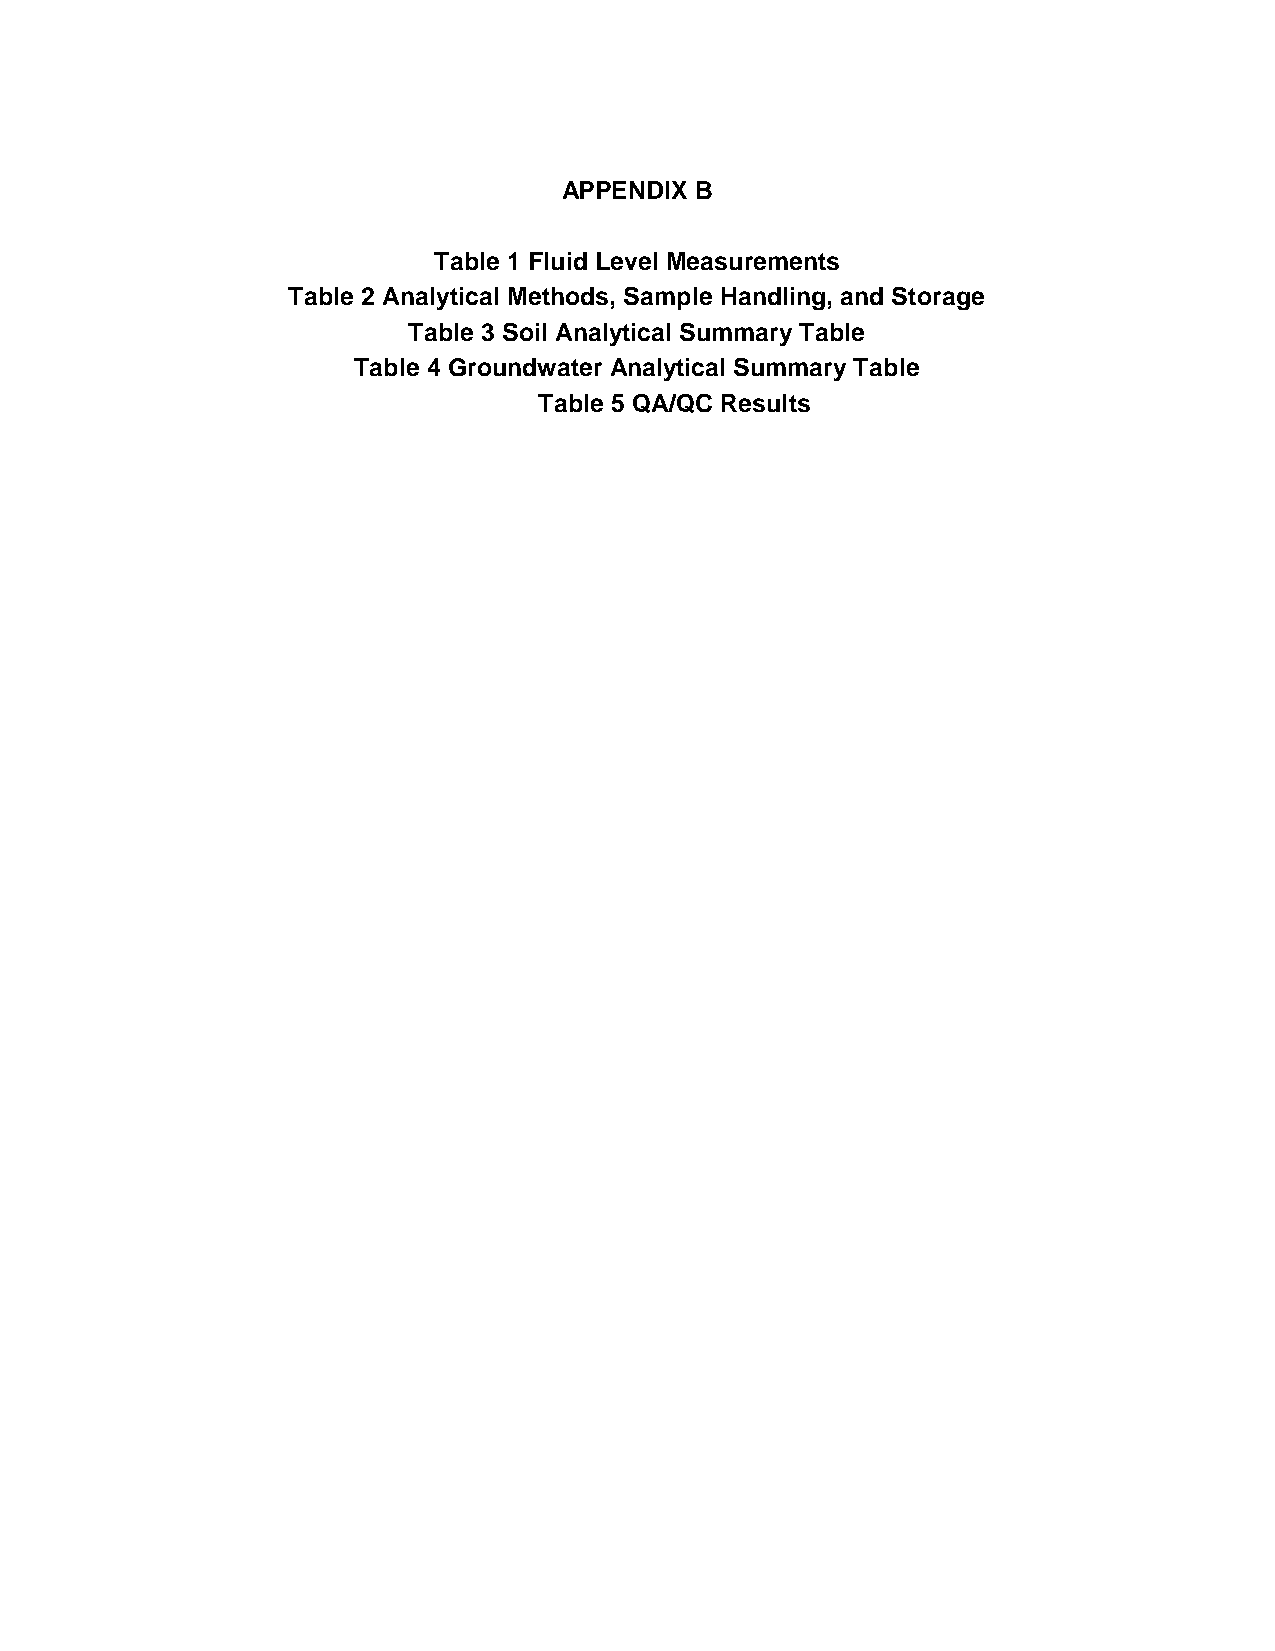
APPENDIX B
 Table 1 Fluid Level Measurements
 Table 2 Analytical Methods, Sample Handling, and Storage
 Table 3 Soil Analytical Summary Table
 Table 4 Groundwater Analytical Summary Table
 Table 5 QA/QC Results